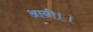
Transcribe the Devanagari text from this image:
आनी।।